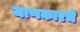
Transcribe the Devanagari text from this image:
जाणकारचे